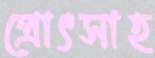
প্রোৎসাহ